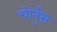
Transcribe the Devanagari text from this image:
चोर्नुस